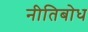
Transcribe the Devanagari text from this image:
नीतिबोध